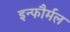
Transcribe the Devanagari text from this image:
इन्फौर्मल